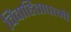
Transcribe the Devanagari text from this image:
विवाहितापत्नी